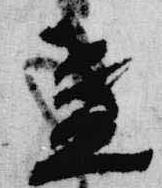
盞